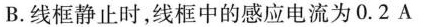
B.线框静止时，线框中的感应电流为0.2A